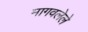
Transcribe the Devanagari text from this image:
मागवलेले